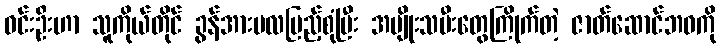
ဝင်းဦးဟာ သူကိုယ်တိုင် ခွန်အားဗလပြည့်စုံပြီး အမျိုးသမီးတွေကြိုက်တဲ့ ဇာတ်ဆောင်ဘဝကို